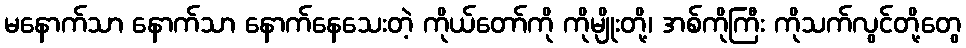
မနောက်သာ နောက်သာ နောက်နေသေးတဲ့ ကိုယ်တော်ကို ကိုမျိုးတို့၊ အစ်ကိုကြီး ကိုသက်လွင်တို့တွေ